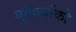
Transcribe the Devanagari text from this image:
युक्तियोंको